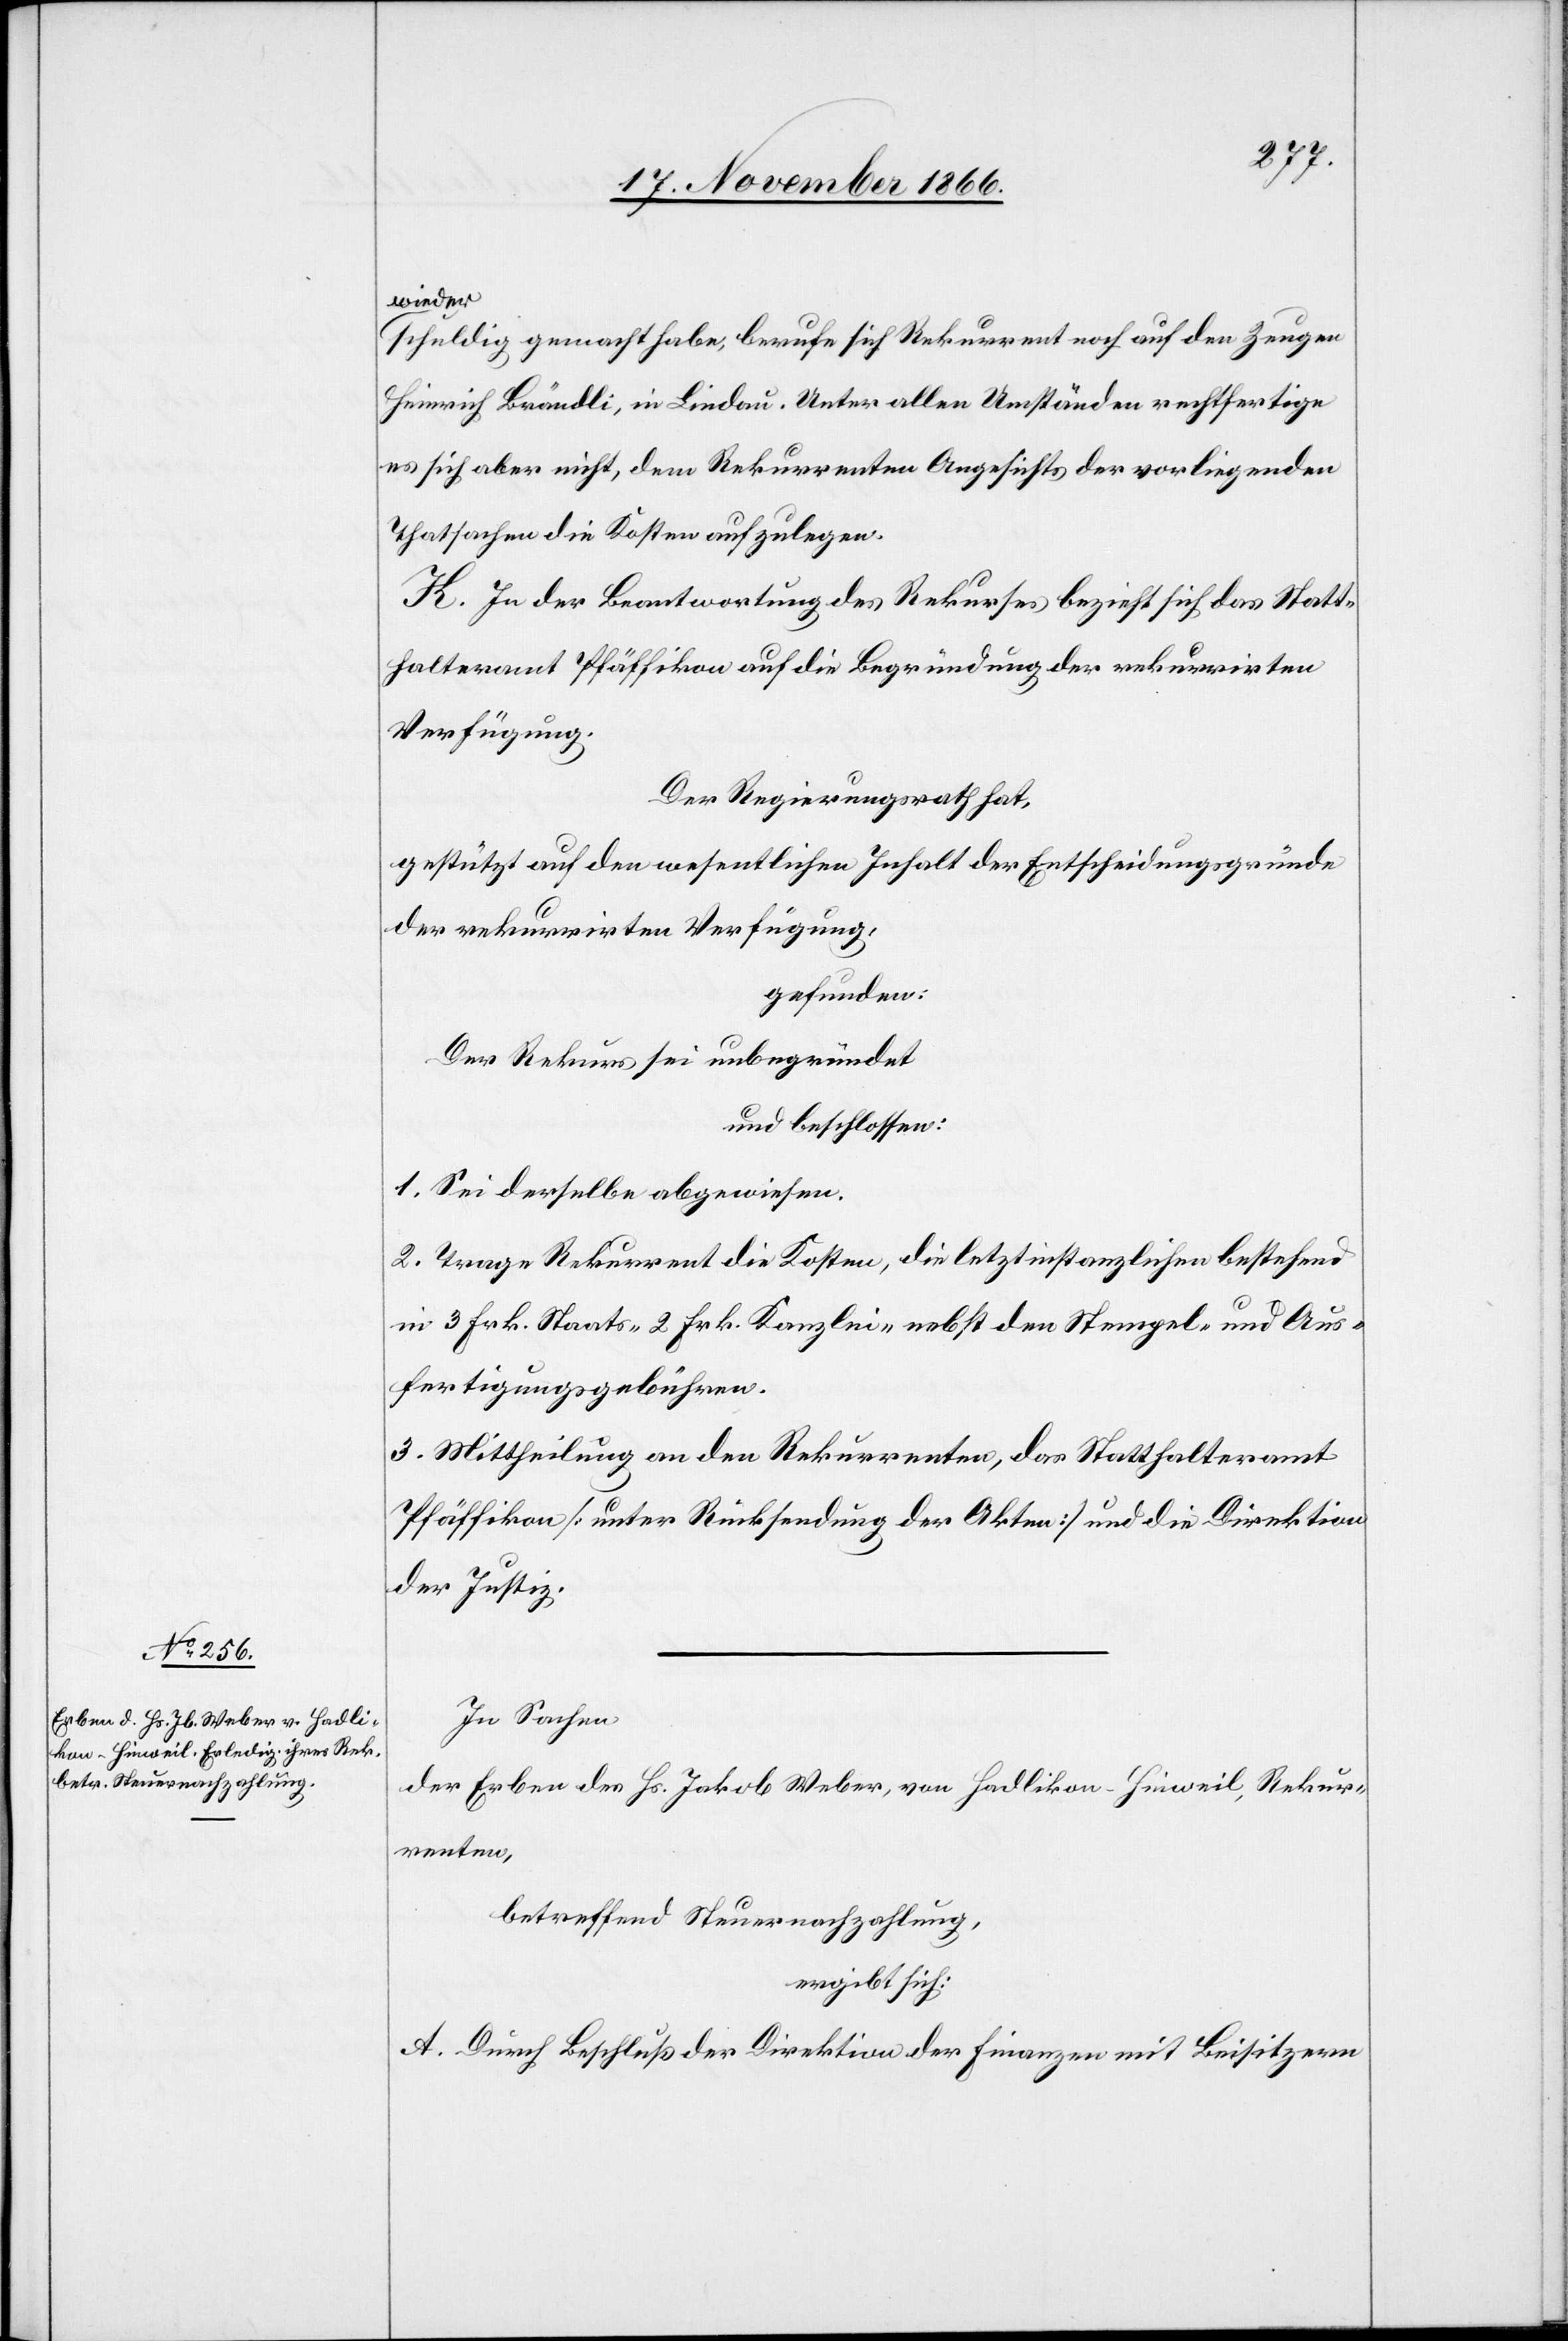
wieder
schuldig gemacht habe, berufe sich Rekurrent noch auf den Zeugen
Heinrich Brändli, in Lindau. Unter allen Umständen rechtfertige
es sich aber nicht, dem Rekurrenten Angesichts der vorliegenden
Thatsachen die Kosten aufzulegen.
K. In der Beantwortung des Rekurses bezieht sich das Statt¬
halteramt Pfäffikon auf die Begründung der rekurrirten
Verfügung.
Der Regierungsrath hat,
gestützt auf den wesentlichen Inhalt der Entscheidungsgründe
der rekurrirten Verfügung,
gefunden:
Der Rekurs sei unbegründet
und beschlossen:
1. Sei derselbe abgewiesen.
2. Trage Rekurrent die Kosten, die letztinstanzlichen bestehend
in 3 Frk. Staats-[,] 2 Frk. Kanzlei- nebst den Stempel- und Aus¬
fertigungsgebühren.
3. Mittheilung an den Rekurrenten, das Statthalteramt
Pfäffikon [unter Rücksendung der Akten] und die Direktion
der Justiz.
In Sachen
der Erben des Hs. Jakob Weber, von Hadlikon-Hinweil, Rekur¬
renten,
betreffend Steuernachzahlung,
ergibt sich:
A. Durch Beschluß der Direktion der Finanzen mit Beisitzern